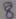
Text: 8